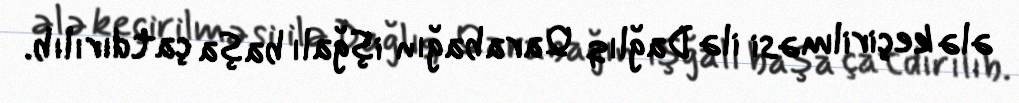
ələ keçirilməsi ilə Dağlıq Qarabağın işğalı başa çatdırılıb.